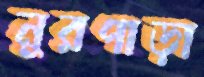
নুরপাড়া